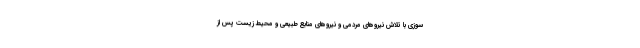
سوزی با تلاش نیروهای مردمی و نیروهای منابع طبیعی و محیط زیست پس از